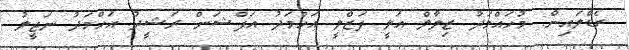
ރެޑްލައިން: މުހައްމަދު ޒިލާލް އަލީ ފަޒްލީ އަހްމަދު އަފްޝަން ރަޝީދު އަހްމަދު ނަޖީލު